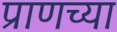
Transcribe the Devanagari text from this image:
प्राणच्या